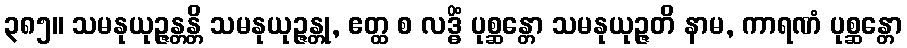
၃၈၅။ သမနုယုဉ္ဇန္တန္တိ သမနုယုဉ္ဇန္တု, ဧတ္ထ စ လဒ္ဓိံ ပုစ္ဆန္တော သမနုယုဉ္ဇတိ နာမ, ကာရဏံ ပုစ္ဆန္တော